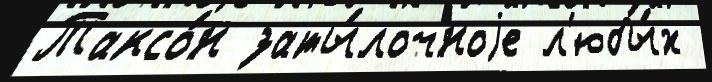
Таксо́н заты́лочноjе л'юбы́х